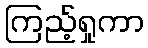
ကြည့်ရှုကာ